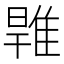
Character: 𨿑